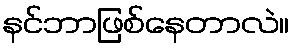
နင်ဘာဖြစ်နေတာလဲ။